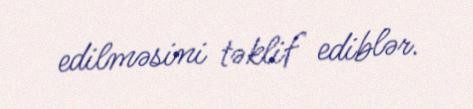
edilməsini təklif ediblər.